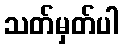
သတ်မှတ်ပါ